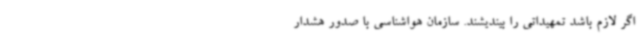
اگر لازم باشد تمهیداتی را بیندیشند. سازمان هواشناسی با صدور هشدار